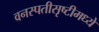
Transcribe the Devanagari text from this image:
वनस्पतीसृष्टीमध्ये